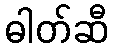
ဓါတ်ဆီ